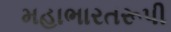
મહાભારતરૂપી